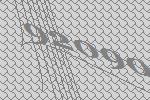
92090